Scottish Certificate of Education, 1963
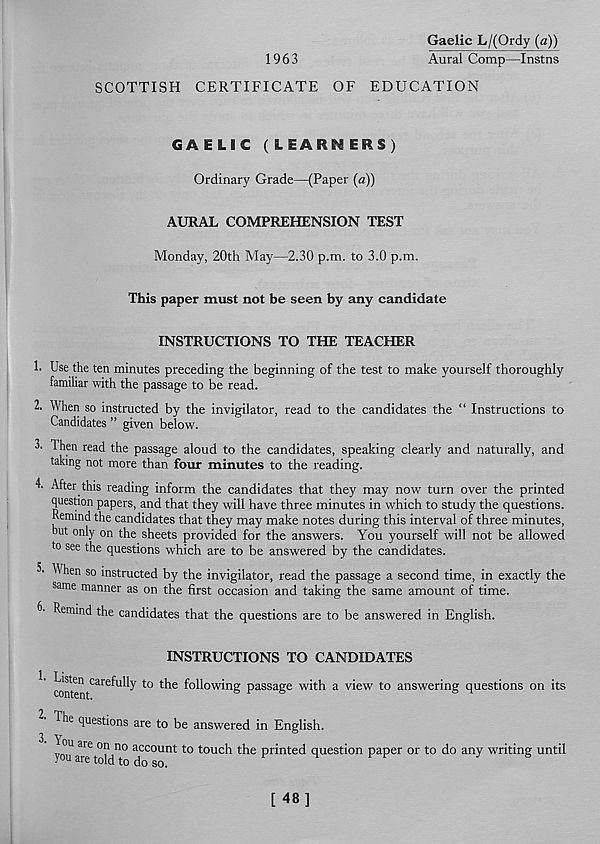
Gaelic L/(Ordy (a))
1963
Aural Comp—Instns
SCOTTISH CERTIFICATE OF EDUCATION
GAELIC (LEARNERS)
Ordinary Grade—(Paper (a))
AURAL COMPREHENSION TEST
Monday, 20th May—2.30 p.m. to 3.0 p.m.
This paper must not be seen by any candidate
INSTRUCTIONS TO THE TEACHER
1. Use the ten minutes preceding the beginning of the test to make yourself thoroughly
familiar with the passage to be read.
2. When so instructed by the invigilator, read to the candidates the “ Instructions to
Candidates ” given below.
3. Then read the passage aloud to the candidates, speaking clearly and naturally, and
taking not more than four minutes to the reading.
T After this reading inform the candidates that they may now turn over the printed
question papers, and that they will have three minutes in which to study the questions.
Kemind the candidates that they may make notes during this interval of three minutes,
but only on the sheets provided for the answers. You yourself will not be allowed
to see the questions which are to be answered by the candidates.
^'hen so instructed by the invigilator, read the passage a second time, in exactly the
same manner as on the first occasion and taking the same amount of time.
C Remind the candidates that the questions are to be answered in English.
INSTRUCTIONS TO CANDIDATES
Mnten^' 6^1^ t0 ^ ^°^o w^n g passage with a view to answering questions on its
The questions are to be answered in English.
You are on no account to touch the printed question paper or to do any writing until
you are told to do so.
F
H
F
^
s
[48]